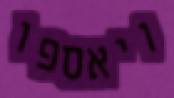
ויאספו